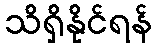
သိရှိနိုင်ရန်